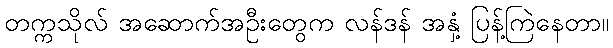
တက္ကသိုလ် အဆောက်အဦးတွေက လန်ဒန် အနှံ့ ပြန့်ကြဲနေတာ။